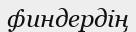
финдердің